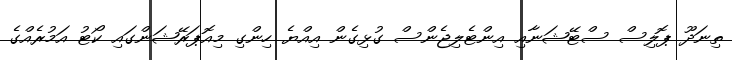
ތިނަދޫ ޕޮލިސް ސްޓޭޝަނާއި އިންޓެލިޖެންސް ގުޅިގެން އިއްޔެ ހިންގި މިއޮޕަރޭޝަންގައި ކޯޓު އަމުރެއްގެ